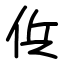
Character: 㑟